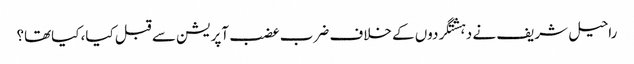
راحیل شریف نے دہشتگردوں کے خلاف ضرب عضب آپریشن سے قبل کیا، کیاتھا؟